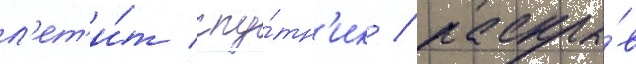
л'ет'и́т спу́тн'ик / раскры́в